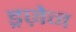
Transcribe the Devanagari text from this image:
ड्रज़ेन